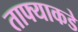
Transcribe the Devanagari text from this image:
ताफ्याकडे